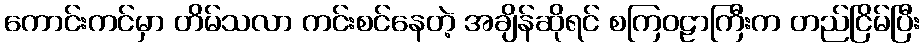
ကောင်းကင်မှာ တိမ်သလာ ကင်းစင်နေတဲ့ အချိန်ဆိုရင် စကြဝဠာကြီးက တည်ငြိမ်ပြီး